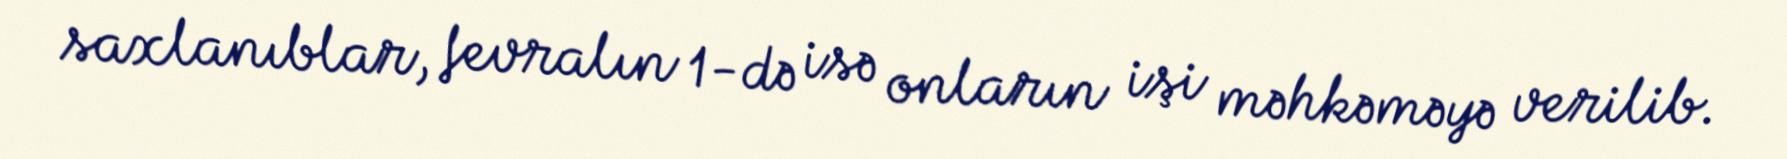
saxlanıblar, fevralın 1-də isə onların işi məhkəməyə verilib.